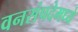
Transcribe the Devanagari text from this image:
वनसंपदेमध्ये